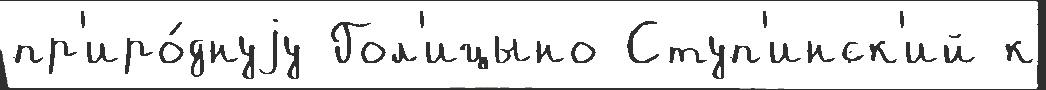
пр'иро́днуjу Гол'ицыно Ступ'инск'ий к